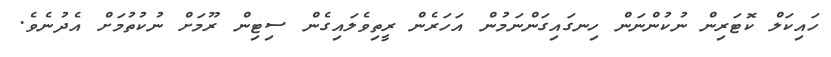
ހައިކަލް ކޮޓަރިން ނުކުންނަން ހިނގައިގަންނަމުން އަހަރެން ރީތިވެލައިގެން ސިޓިން ރޫމަށް ނުކުތުމަށް އެދުނެވެ.